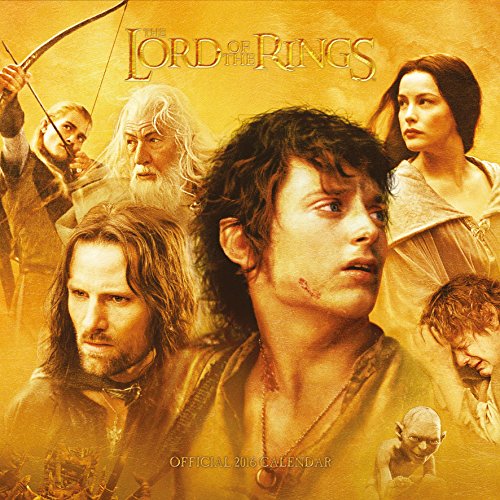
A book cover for The Official Lord of the Rings 2016 Square Calendar; Calendars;